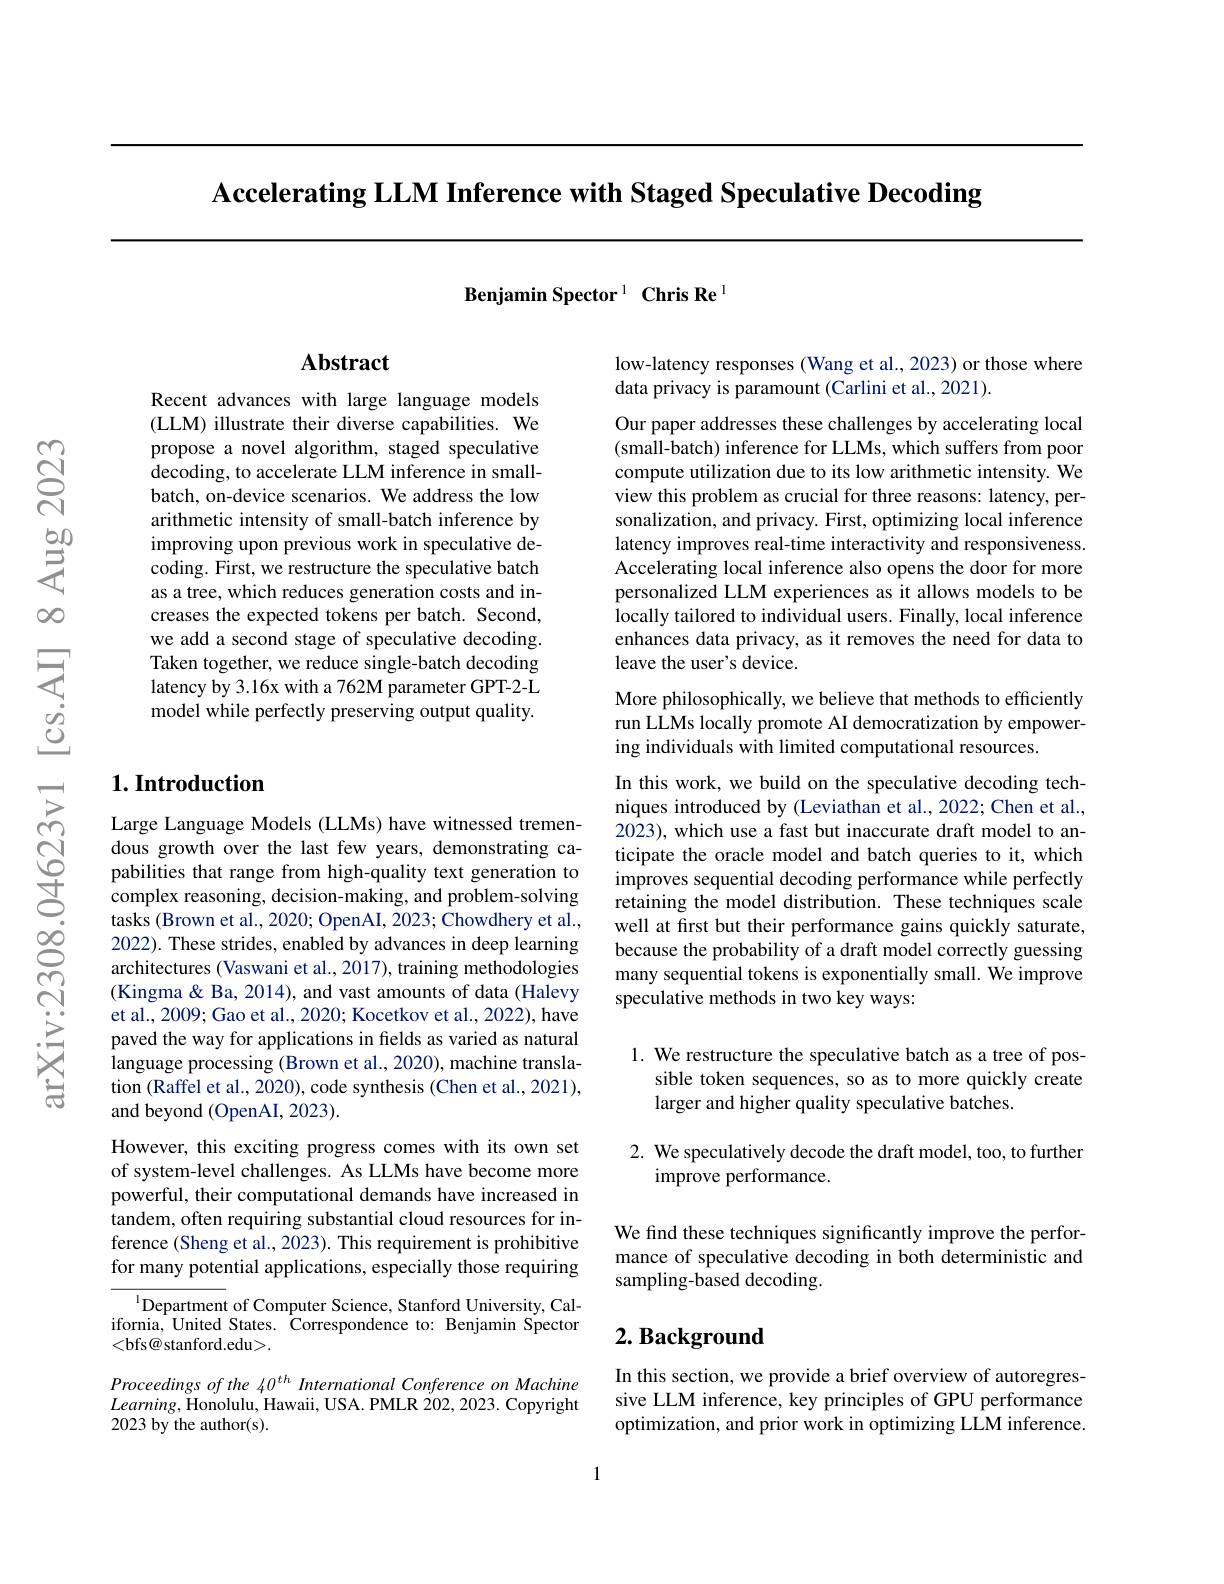
$\textbf{Accelerating LLM Inference with Staged Speculative Decoding}$

Benjamin Spector 1 Chris Re l

## Abstract

Recent advances with large language models (LLM) illustrate their diverse capabilities. We propose a novel algorithm, staged speculative decoding, to accelerate LLM inference in smallbatch, on-device scenarios. We address the low arithmetic intensity of small-batch inference by improving upon previous work in speculative decoding. First, we restructure the speculative batch as a tree, which reduces generation costs and increases the expected tokens per batch. Second, we add a second stage of speculative decoding. Taken together, we reduce single-batch decoding latency by 3.16x with a 762M parameter GPT-2-L model while perfectly preserving output quality.

## $1. \textbf{Introduction}$

Large Language Models (LLMs) have witnessed tremendous growth over the last few years, demonstrating capabilities that range from high-quality text generation to complex reasoning, decision-making, and problem-solving tasks (Brown et al., 2020; OpenAI, 2023; Chowdhery et al., 2022). These strides, enabled by advances in deep learning architectures (Vaswani et al., 2017), training methodologies (Kingma & Ba, 2014), and vast amounts of data (Halevy) et al., 2009; Gao et al., 2020; Kocetkov et al., 2022), have paved the way for applications in fields as varied as natural language processing (Brown et al., 2020), machine translation (Raffel et al., 2020), code synthesis (Chen et al., 2021), and beyond (OpenAI, 2023).

However, this exciting progress comes with its own set of system-level challenges. As LLMs have become more powerful, their computational demands have increased in tandem, often requiring substantial cloud resources for inference (Sheng et al., 2023). This requirement is prohibitive for many potential applications, especially those requiring

$^{1}$Department of Computer Science, Stanford University, California, United States. Correspondence to: Benjamin Spector <bfs@ stanford.edu>.

Proceedings of the 40$^{th}$ International Conference on Machine $Learning$,Honolulu, Hawaii, USA. PMLR 202, 2023. Copyright 2023 by the author(s).

low-latency responses (Wang et al., 2023) or those where
data privacy is paramount (Carlini et al., 2021).

Our paper addresses these challenges by accelerating local (small-batch) inference for LLMs, which suffers from poor compute utilization due to its low arithmetic intensity. We view this problem as crucial for three reasons: latency, personalization, and privacy. First, optimizing local inference latency improves real-time interactivity and responsiveness Accelerating local inference also opens the door for more personalized LLM experiences as it allows models to be locally tailored to individual users. Finally, local inference enhances data privacy, as it removes the need for data to leave the user's device.

More philosophically, we believe that methods to efficiently run LLMs locally promote AI democratization by empowering individuals with limited computational resources.

In this work, we build on the speculative decoding techniques introduced by (Leviathan et al., 2022; Chen et al., 2023), which use a fast but inaccurate draft model to anticipate the oracle model and batch queries to it, which improves sequential decoding performance while perfectly retaining the model distribution. These techniques scale well at frst but their performance gains quickly saturate, because the probability of a draft model correctly guessing many sequential tokens is exponentially small. We improve speculative methods in two key ways:

1. We restructure the speculative batch as a tree of pos-
sible token sequences, so as to more quickly create
larger and higher quality speculative batches.

2. We speculatively decode the draft model, too, to further
improve performance.

We find these techniques significantly improve the performance of speculative decoding in both deterministic and sampling-based decoding.

# $2. \textbf{ Background}$

In this section, we provide a brief overview of autoregressive LLM inference, key principles of GPU performance optimization, and prior work in optimizing LLM inference.

1